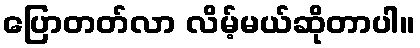
ပြောတတ်လာ လိမ့်မယ်ဆိုတာပါ။